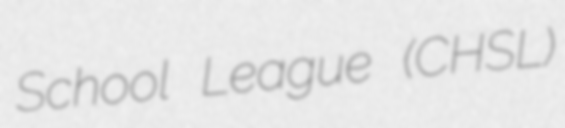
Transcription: School League (CHSL)